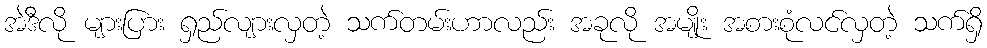
အဲဒီလို များပြား ရှည်လျားလှတဲ့ သက်တမ်းဟာလည်း အခုလို အမျိုး အစားစုံလင်လှတဲ့ သက်ရှိ